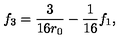
f _ { 3 } = \frac { 3 } { 1 6 r _ { 0 } } - \frac { 1 } { 1 6 } f _ { 1 } ,